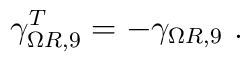
\gamma_{\Omega R,9}^T=-\gamma_{\Omega R,9}~.